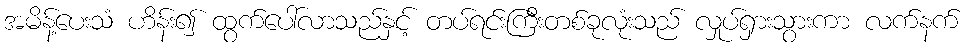
အမိန့်ပေးသံ ဟိန်း၍ ထွက်ပေါ်လာသည်နှင့် တပ်ရင်းကြီးတစ်ခုလုံးသည် လှုပ်ရှားသွားကာ လက်နက်